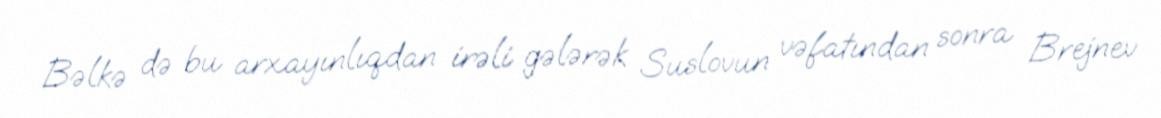
Bəlkə də bu arxayınlıqdan irəli gələrək Suslovun vəfatından sonra Brejnev